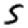
Digit: 5